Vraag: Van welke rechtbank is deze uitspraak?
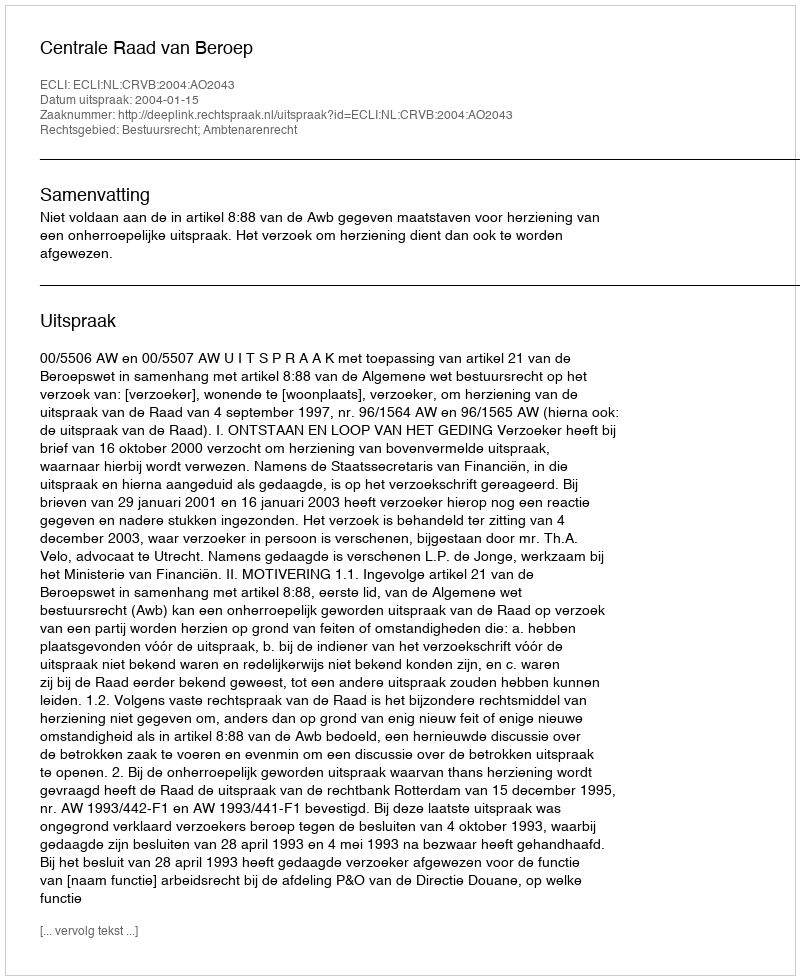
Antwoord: Centrale Raad van Beroep